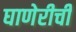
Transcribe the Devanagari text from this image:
घाणेरीची